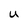
Character: U